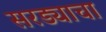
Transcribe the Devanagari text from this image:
सरड्याचा